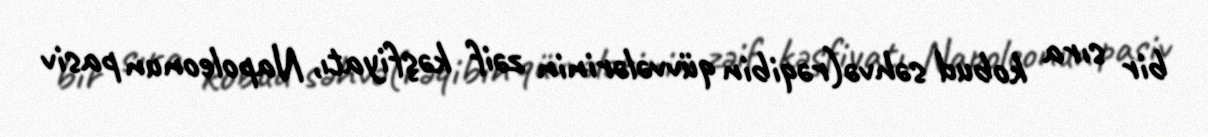
bir sıra kobud səhvə(rəqibin qüvvələrinin zəif kəşfiyatı, Napoleonun pasiv